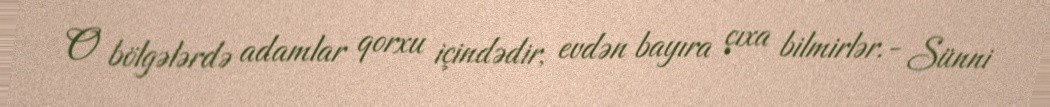
O bölgələrdə adamlar qorxu içindədir, evdən bayıra çıxa bilmirlər.- Sünni